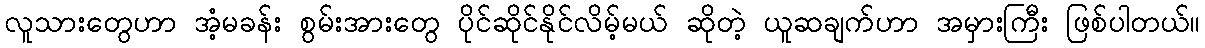
လူသားတွေဟာ အံ့မခန်း စွမ်းအားတွေ ပိုင်ဆိုင်နိုင်လိမ့်မယ် ဆိုတဲ့ ယူဆချက်ဟာ အမှားကြီး ဖြစ်ပါတယ်။